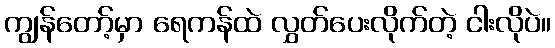
ကျွန်တော့်မှာ ရေကန်ထဲ လွှတ်ပေးလိုက်တဲ့ ငါးလိုပဲ။